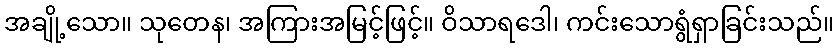
အချို့သော။ သုတေန၊ အကြားအမြင့်ဖြင့်။ ဝိသာရဒေါ၊ ကင်းသောရွံရှာခြင်းသည်။